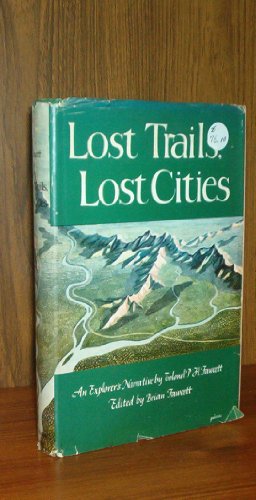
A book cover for Lost trails, Lost Cities; Percy Harrison Fawcett; Travel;